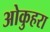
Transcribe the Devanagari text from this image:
ओकुहरा